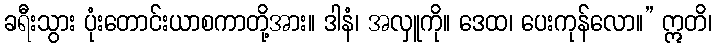
ခရီးသွား ပုံးတောင်းယာစကာတို့အား။ ဒါနံ၊ အလှူကို။ ဒေထ၊ ပေးကုန်လော။” ဣတိ၊